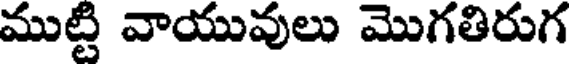
ముట్టి వాయువులు మొగతిరుగ